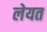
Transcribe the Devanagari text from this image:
लेयत